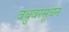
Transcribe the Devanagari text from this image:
वधुवरसूचन